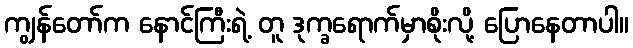
ကျွန်တော်က နောင်ကြီးရဲ့ တူ ဒုက္ခရောက်မှာစိုးလို့ ပြောနေတာပါ။